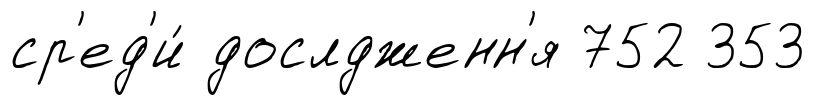
ср'ед'и́ дослдженн'я 752 353